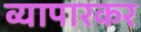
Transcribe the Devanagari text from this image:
व्यापारकर